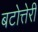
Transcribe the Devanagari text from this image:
बटोत्तेरी